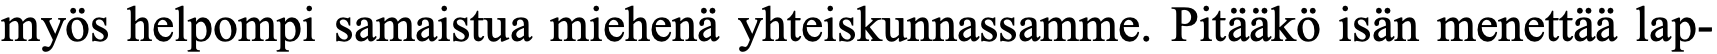
myös helpompi samaistua miehenä yhteiskunnassamme. Pitääkö isän menettää lap-